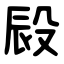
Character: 㲀